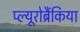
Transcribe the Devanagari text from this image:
प्ल्यूरोब्रैंकिया